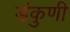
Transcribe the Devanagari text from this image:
डंकुणी